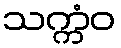
သက္ကံဝ